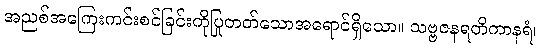
အညစ်အကြေးကင်းစင်ခြင်းကိုပြုတတ်သောအရောင်ရှိသော။ သဗ္ဗဇနရတိကာနရံ၊